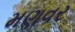
મણવર